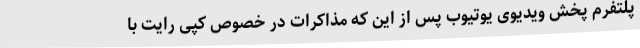
پلتفرم پخش ویدیوی یوتیوب پس از این که مذاکرات در خصوص کپی رایت با